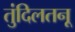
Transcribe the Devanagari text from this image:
तुंदिलतनू